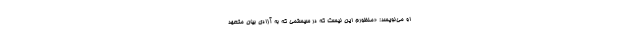
او می‌نویسد: «منظورم این نیست که در سیستمی که به آزادی بیان متعهد